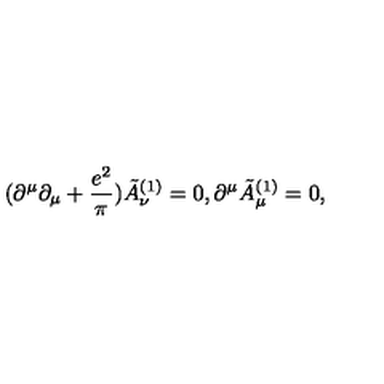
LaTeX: ( \partial ^ { \mu } \partial _ { \mu } + { \frac { e ^ { 2 } } { \pi } } ) \tilde { A } _ { \nu } ^ { ( 1 ) } = 0 , \partial ^ { \mu } \tilde { A } _ { \mu } ^ { ( 1 ) } = 0 ,